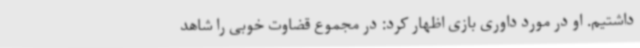
داشتیم. او در مورد داوری بازی اظهار کرد: در مجموع قضاوت خوبی را شاهد